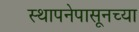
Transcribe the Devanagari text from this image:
स्थापनेपासूनच्या